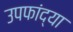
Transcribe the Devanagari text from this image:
उपफांद्या